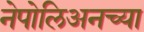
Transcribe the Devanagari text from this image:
नेपोलिअनच्या